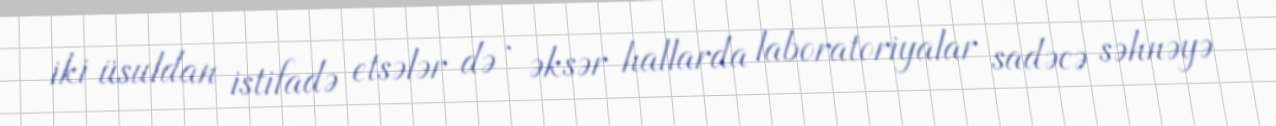
iki üsuldan istifadə etsələr də , əksər hallarda laboratoriyalar sadəcə səhnəyə